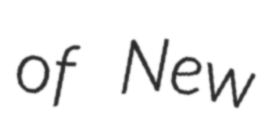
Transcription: of New